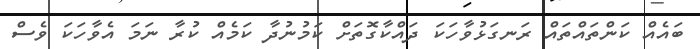
ބައެއް ކަންތައްތައް ރަނގަޅުވާހަކަ ދައްކާގޮތަށް ކަމުނުދާ ކަމެއް ކުރާ ނަމަ އެވާހަކަ ވެސް